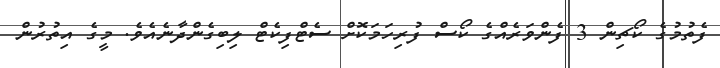
ފެތުމުގެ ކޯޗިން 3 ފެންވަރެއްގެ ކޯސް ފުރިހަމަކޮށް ސެޓްފިކެޓް ލިބިގެންދާނެއެވެ. މީގެ އިތުރުން